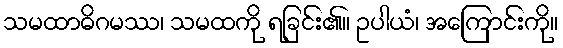
သမထာဓိဂမဿ၊ သမထကို ရခြင်း၏။ ဥပါယံ၊ အကြောင်းကို။